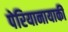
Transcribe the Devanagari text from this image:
पेरियानायाकी